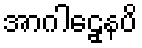
အာဂါဠှေနပိ